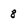
Character: 8